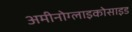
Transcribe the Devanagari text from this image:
अमीनोग्लाइकोसाइड